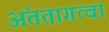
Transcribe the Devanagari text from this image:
अंततागत्वा